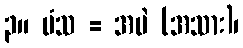
၃။ မံသ = အမဲ (အသား)၊